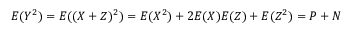
E ( Y ^ { 2 } ) = E ( ( X + Z ) ^ { 2 } ) = E ( X ^ { 2 } ) + 2 E ( X ) E ( Z ) + E ( Z ^ { 2 } ) = P + N \,